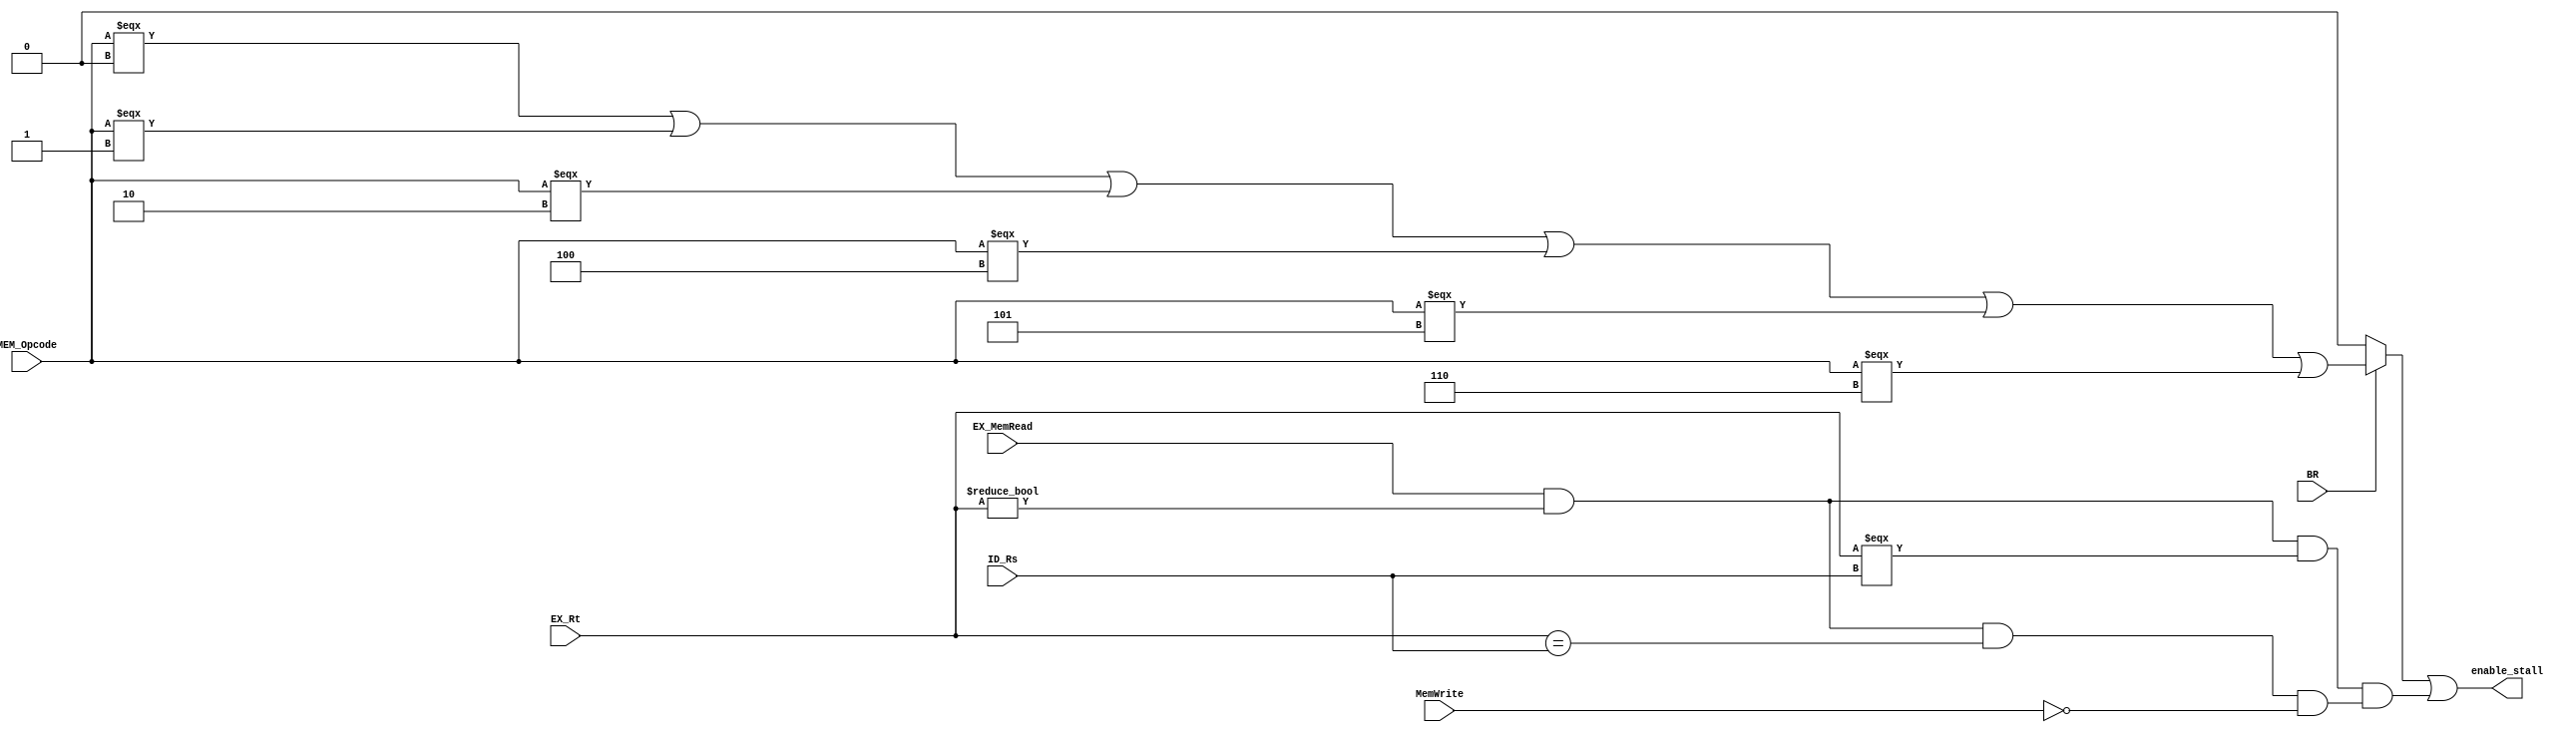
/*module hazarddetection (
    input ID_EX_MemRead,  IF_ID_MemWrite, 
    input [3:0] ID_EX_RegisterRd, IF_ID_RegisterRs, IF_ID_RegisterRt,
    output enable_stall
);

assign enable_stall = (ID_EX_MemRead & (ID_EX_RegisterRd != 4'b0000) & ((ID_EX_RegisterRd == IF_ID_RegisterRs) | ((ID_EX_RegisterRd == IF_ID_RegisterRt) & (~IF_ID_MemWrite))));

endmodule
*/

module hazarddetection(
    input BR, EX_MemRead, MemWrite,
    input [3:0] MEM_Opcode, EX_Rt, ID_Rs,
    output enable_stall
);

  // load-to-use stall
  // flag stall (flag instr happening immediately before branch)
  assign flag_stall = (BR) ? ((MEM_Opcode === 4'b0000 | MEM_Opcode === 4'b0001 | 
                               MEM_Opcode === 4'b0010 | MEM_Opcode === 4'b0100 | 
                               MEM_Opcode === 4'b0101 | MEM_Opcode === 4'b0110)) : 1'b0;
 
  assign load_to_use = (EX_MemRead && (EX_Rt != 4'b0000) && (EX_Rt === ID_Rs)) && (EX_MemRead && (EX_Rt != 4'b0000) && (EX_Rt == ID_Rs) && (~MemWrite));

  assign enable_stall = (flag_stall | load_to_use);

endmodule